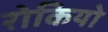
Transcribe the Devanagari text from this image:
रोकियो